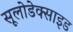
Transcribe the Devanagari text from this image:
सूलोडेक्साइड